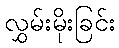
လွှမ်းမိုးခြင်း